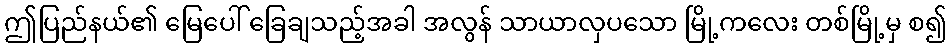
ဤပြည်နယ်၏ မြေပေါ် ခြေချသည့်အခါ အလွန် သာယာလှပသော မြို့ကလေး တစ်မြို့မှ စ၍